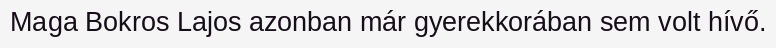
Maga Bokros Lajos azonban már gyerekkorában sem volt hívő.